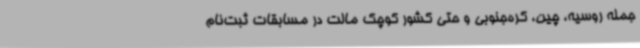
جمله روسیه، چین، کره‌جنوبی و حتی کشور کوچک مالت در مسابقات ثبت‌نام